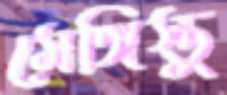
মেঙ্গিস্তু